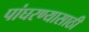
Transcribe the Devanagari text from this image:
पांघरण्यासाठी